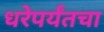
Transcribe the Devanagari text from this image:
धरेपर्यंतचा